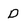
Character: D